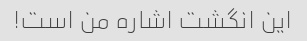
این انگشت اشاره من است!